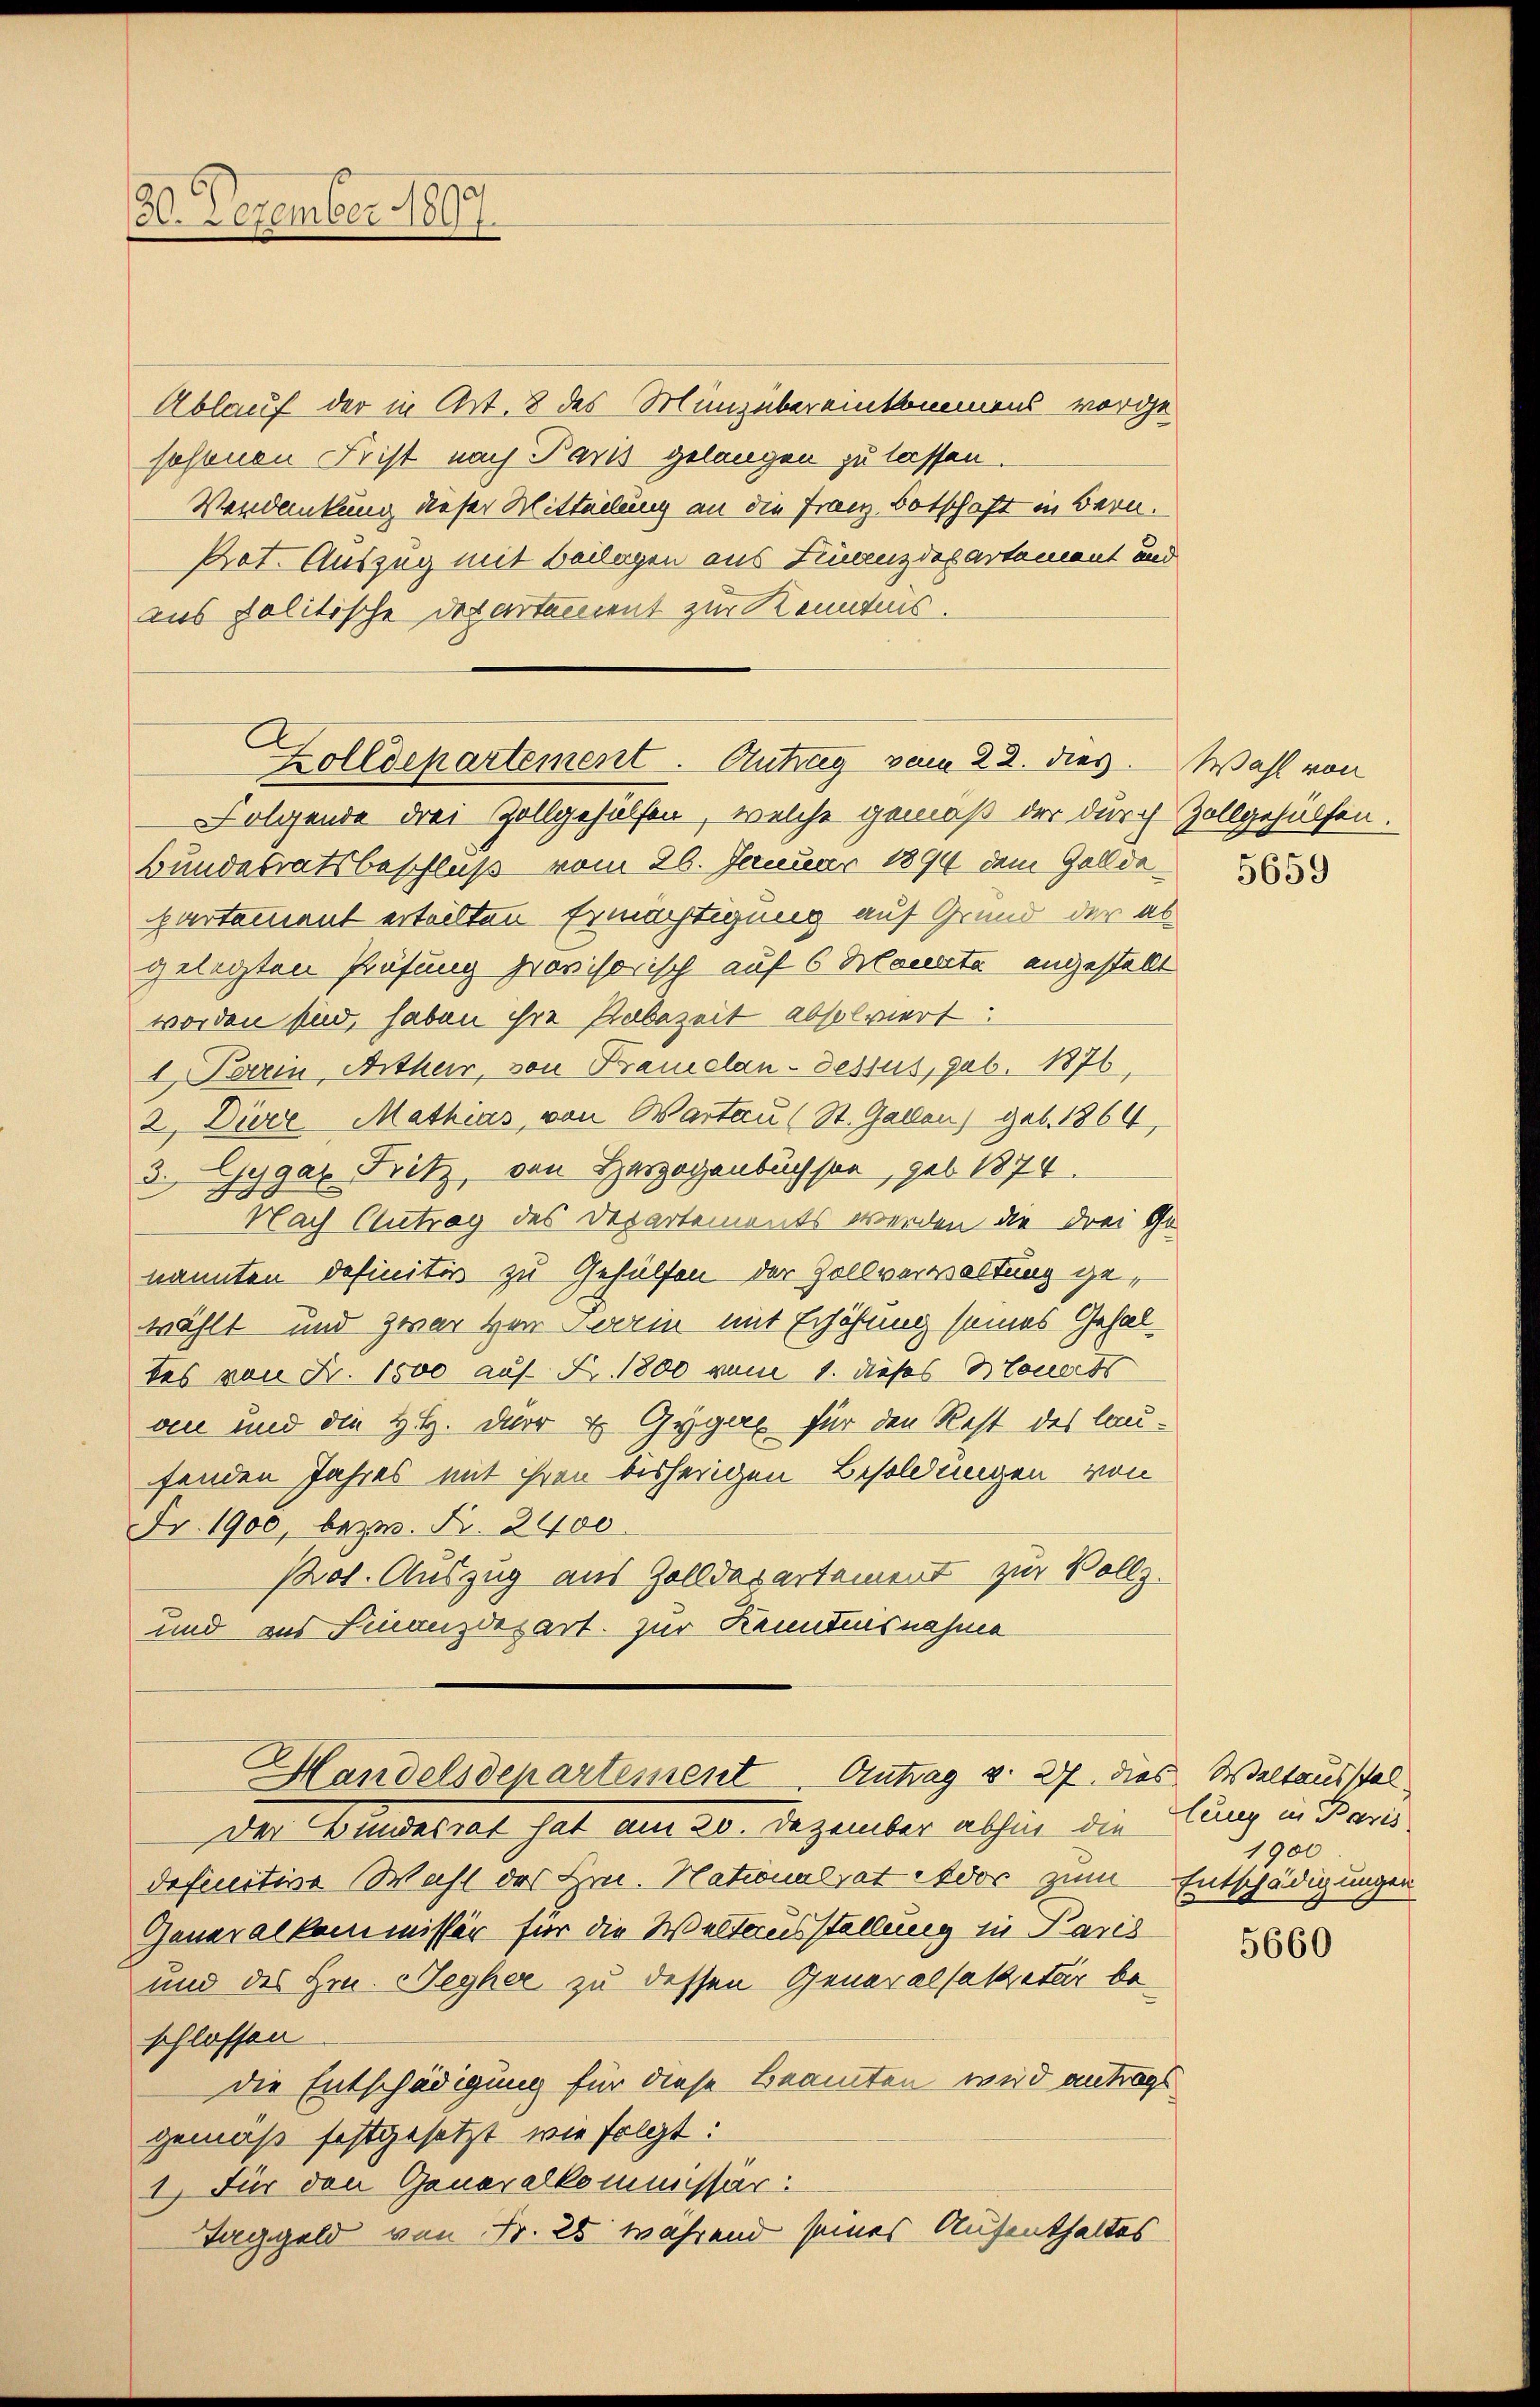
80. Dezember 1897.

Zolldepartement. Antrag vom 22. dies

Ablauf der in Art. 8 des Manz übereinkommens vorge-
sosonen Frist nach Paris gelangen zu lassen.
Verdankung dieser Mitteilung an die Franz Botschaft in Bern.
Kot. Auszug mit Beilagen aus Finanzdepartement und
aus politische derartement zur Kenntnis.
Folgende drei Zollgehülfen, welche gemäß der durch Zollgehülfen.
Bundesratsbeschluß vom 26. Januar 1894 dem Gollde
partement erteilten Ermächtigung auf Grund der abgelegten Prüfung provisorisch auf 6 Monate angestellt
worden sind, haben ihre Rabezeit absolviert:
1 Boerin Artherr, von Frauelan-dessus, geb. 1876
2. Diere Mathias, von Wartau (St. Gallen) geb. 1864,
3. Gygaz Fritz, von Herzogenbuchsen, geb. 1874.
Nach Antrag des Departements werden die drei Go
nannten definitiv zu Gehülfen der Zollverwaltung gewählt und zwar von Terrin mit Erhöhung seines Gehaltes von Fr. 1500 auf Fr. 1800 vom 1. dieses Monards
aen und die H.H. der & Gyger für den Rest des laufenden Jahres mit ihren bisherigen Besoldungen von
Fr. 1900, bezw. Fr. 2400.
Pot. Auszug aus Zolldepartement zur Vollz¬
und aus Finanzdepart. zur Kenntnisnahme
Handelsdepartement Antrag v. 27. dies Weltausstel
Der Bundesrat hat am 20. Dezember abhin die
definitive Wahl des Hrn. Nationalrat der zum Entschädigungen
Generalkommissär für die Weltausstellung zu Paris
und des Hrn. Beyher zu dessen Generalsasetär be
schlossen
die Entschädigung für diese Beamten wird antrags
gemäß festgesetzt wie folgt:
1) Für den Generalkommissär
Taggeld von Fr. 25 während seines Aufenthaltes

Wahl von

lung in Paris
1900

5660